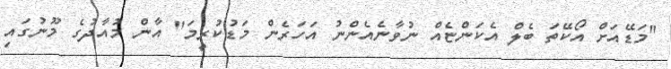
"މަޑޭއަށް އޯކޭތަ ބެލް އެކަންޏެއް ނުވާނެއެންނު އަހަރެން މަޑުކުރީމަ" އާން މުއާދުގެ މޫނުގައި